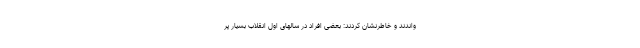
واندند و خاطرنشان کردند: بعضی افراد در سالهای اول انقلاب بسیار پر